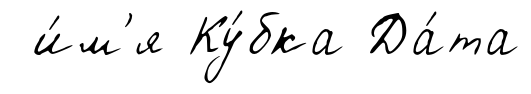
и́м'я Ку́бка Да́та